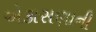
એકાસણાની